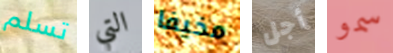
تسلم التي مخيفا أجل سمو